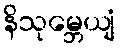
နိသုမ္ဘေယျံ